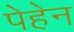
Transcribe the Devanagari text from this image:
पेहेन